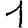
Digit: 1